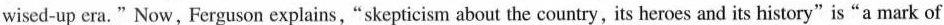
wised-up cra. "Now,Ferguson explains,"skepticism about the country, its heroes and its history" is"a mark of